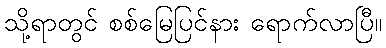
သို့ရာတွင် စစ်မြေပြင်နား ရောက်လာပြီ။